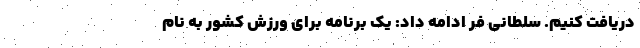
دریافت کنیم. سلطانی فر ادامه داد: یک برنامه برای ورزش کشور به نام